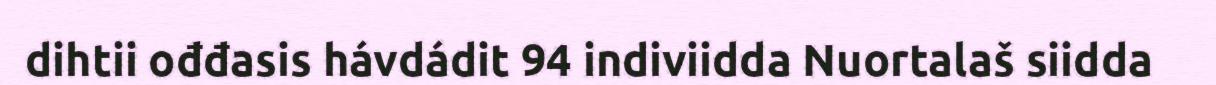
dihtii ođđasis hávdádit 94 indiviidda Nuortalaš siidda